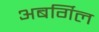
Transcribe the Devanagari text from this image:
अबर्गिल